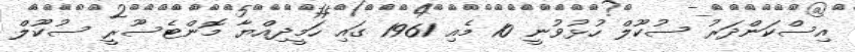
އިސްކަންދަރު ސުކޫލް ހުޅުވުނީ 10 މެއި 1961 ގައި ހަމީދިއްޔާ މޮންޓެސޫރީ ސުކޫލް